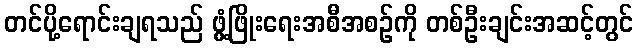
တင်ပို့ရောင်းချရသည် ဖွံ့ဖြိုးရေးအစီအစဉ်ကို တစ်ဦးချင်းအဆင့်တွင်